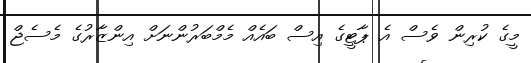
މީގެ ކުރިން ވެސް އެ ޕާޓީގެ އިސް ބައެއް މެމްބަރުންނަށް އިންޒާރުގެ މެސެޖް